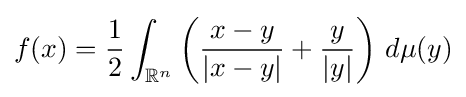
f(x)={\frac {1}{2}}\int _{\mathbb {R} ^{n}}\left({\frac {x-y}{|x-y|}}+{\frac {y}{|y|}}\right)\,d\mu (y)